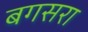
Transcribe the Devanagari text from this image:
बगसरा